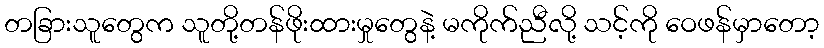
တခြားသူတွေက သူတို့တန်ဖိုးထားမှုတွေနဲ့ မကိုက်ညီလို့ သင့်ကို ဝေဖန်မှာတော့